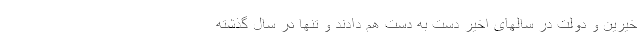
خیرین و دولت در سالهای اخیر دست به دست هم دادند و تنها در سال گذشته